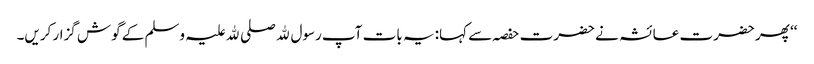
‘‘ پھر حضرت عائشہ نے حضرت حفصہ سے کہا: یہ بات آپ رسول ﷲ صلی ﷲ علیہ وسلم کے گوش گزار کریں۔